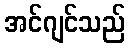
အင်ဂျင်သည်